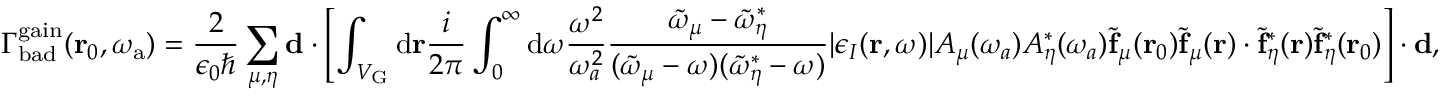
\Gamma _ { \mathrm { b a d } } ^ { \mathrm { g a i n } } ( \mathbf { r } _ { 0 } , \omega _ { \mathrm { a } } ) = \frac { 2 } { \epsilon _ { 0 } \hbar } \sum _ { \mu , \eta } \mathbf { d } \cdot \left[ \int _ { V _ { \mathrm { G } } } { \mathrm d } { \bf r } \frac { i } { 2 \pi } \int _ { 0 } ^ { \infty } { \mathrm d } \omega \frac { \omega ^ { 2 } } { \omega _ { a } ^ { 2 } } \frac { \tilde { \omega } _ { \mu } - \tilde { \omega } _ { \eta } ^ { * } } { ( \tilde { \omega } _ { \mu } - \omega ) ( \tilde { \omega } _ { \eta } ^ { * } - \omega ) } | \epsilon _ { I } ( \mathbf { r } , \omega ) | A _ { \mu } ( \omega _ { a } ) A _ { \eta } ^ { * } ( \omega _ { a } ) \tilde { \mathbf { f } } _ { \mu } ( \mathbf { r } _ { 0 } ) \tilde { \mathbf { f } } _ { \mu } ( \mathbf { r } ) \cdot \tilde { \mathbf { f } } _ { \eta } ^ { * } ( \mathbf { r } ) \tilde { \mathbf { f } } _ { \eta } ^ { * } ( \mathbf { r } _ { 0 } ) \right] \cdot \mathbf { d } ,